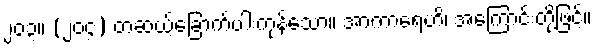
၂၀၃။ (၂၀၄) တဆယ့်ခြောက်ပါးကုန်သော။ အာကာရေဟိ၊ အကြောင်းတို့ဖြင့်။